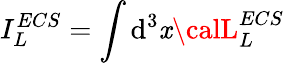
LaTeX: I_{L}^{ECS}=\int\mathrm{d}^{3}\mathit{x}{\calL}_{L}^{ECS}